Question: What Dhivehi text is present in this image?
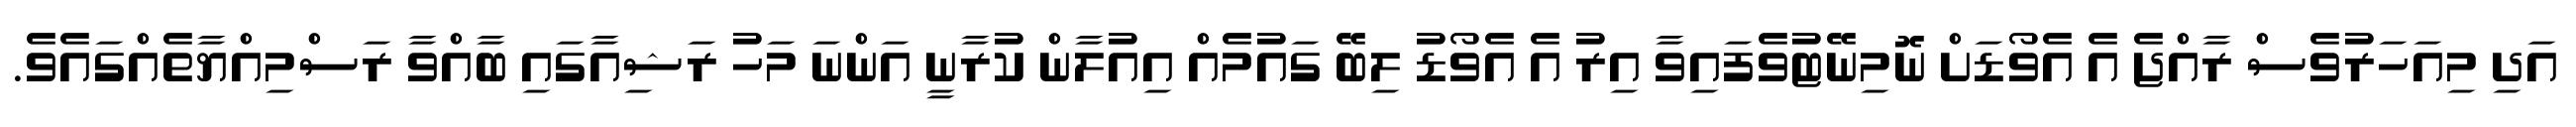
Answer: އަދި މިއަހަރުވެސް ރާއްޖެ އެ އެވޯޑަށް ނޮމިނޭޓުވެފައިވާ އިރު އެ އެވޯޑު ލިބޭ ގައުމެއް އިއުލާން ކުރާނީ އަންނަ މަހު ރަޝިއާގައި ބާއްވާ ރަސްމިއްޔާތެއްގައެވެ.